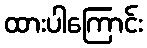
ထားပါကြောင်း